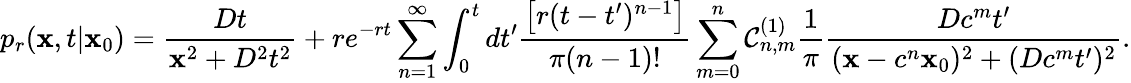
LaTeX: p_{r}(\mathbf{x},t|\mathbf{x}_{0})=\frac{{Dt}}{{\mathbf{x}^{2}+D^{2}t^{2}}}+re^{-rt}\sum_{n=1}^{\infty}\int_{0}^{t}dt^{\prime}\frac{{\left[r(t-t^{\prime})^{n-1}\right]}}{{\pi(n-1)!}}\sum_{m=0}^{n}\mathcal{{C}}_{n,m}^{(1)}\frac{{1}}{{\pi}}\frac{{Dc^{m}t^{\prime}}}{{(\mathbf{x}-c^{n}\mathbf{x}_{0})^{2}+(Dc^{m}t^{\prime})^{2}}}.